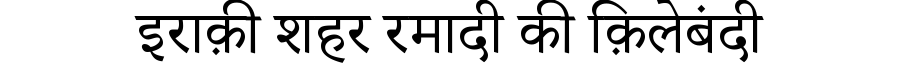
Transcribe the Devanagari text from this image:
इराक़ी शहर रमादी की क़िलेबंदी